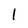
Character: l